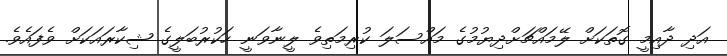
އަދި ދާއިމީ ގޮތަކަށް ލޭމައްޗަށްދިޔުމުގެ މައްސަލަ ކުރިމަތިވެ ލީނާވަނީ ހަކުރުބަލީގެ ޝިކާރައަކަށް ވެފައެވެ.